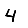
Digit: 4